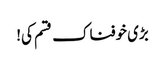
بڑی خوفناک قسم کی!